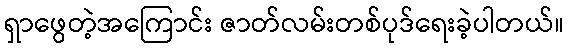
ရှာဖွေတဲ့အကြောင်း ဇာတ်လမ်းတစ်ပုဒ်ရေးခဲ့ပါတယ်။